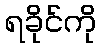
ရခိုင်ကို